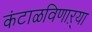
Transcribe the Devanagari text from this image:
कंटाळविणाऱ्या